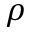
\rho